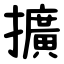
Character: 擴